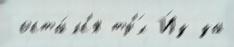
 оста́лс'я тр'́х И́з-за